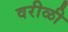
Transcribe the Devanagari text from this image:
वरीळी